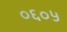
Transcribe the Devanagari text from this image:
०६०५